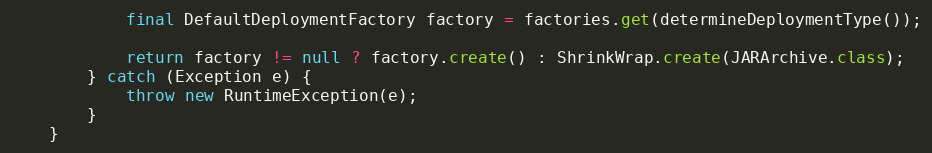
Language: Java
            final DefaultDeploymentFactory factory = factories.get(determineDeploymentType());

            return factory != null ? factory.create() : ShrinkWrap.create(JARArchive.class);
        } catch (Exception e) {
            throw new RuntimeException(e);
        }
    }